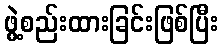
ဖွဲ့စည်းထားခြင်းဖြစ်ပြီး